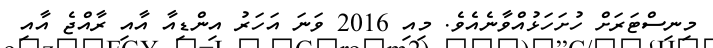
މިނިސްޓަރަށް ހުށަހަޅުއްވާނެއެވެ. މިއި 2016 ވަނަ އަހަރު އިންޑިއާ އާއި ރާއްޖެ އާއި